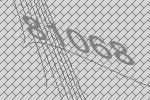
81068